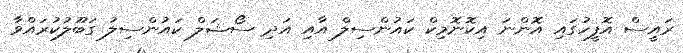
ރައީސް އޮފީހުގައި އޮންނަ އިކޮނޮމިކް ކައުންސިލް އާއި އަދި ސޯޝަލް ކައުންސިލު ގަބޫލުކުރައްވާ